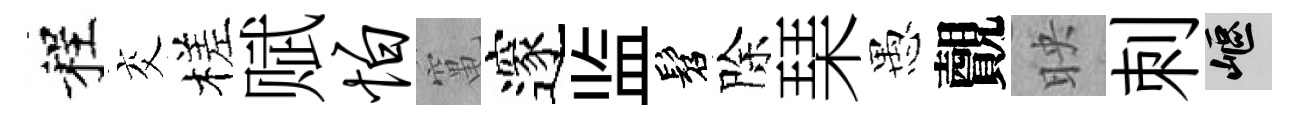
程交槎赋怕𥧄邃监髫除琹愚覿映刺嶇